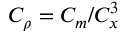
C _ { \rho } = C _ { m } / C _ { x } ^ { 3 }